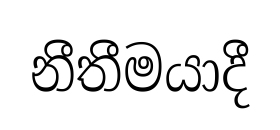
නීතීමයාදී